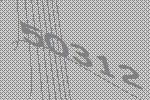
50312